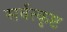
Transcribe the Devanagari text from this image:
सर्वत्कृष्ट